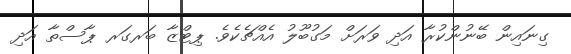
ގިނައިން ބޭނުންކުރާ އަދި ވަރަށް މަގުބޫލު އެއްޗެކެވެ. ޕިޓްޒާ ބަރގަރ ޕާސްތާ އަދި